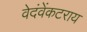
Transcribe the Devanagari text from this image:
वेदंवेंकटराय